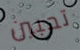
تحبين